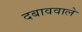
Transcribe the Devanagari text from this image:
दबाववाले